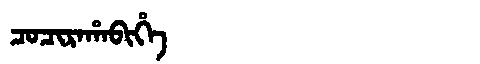
Manchu: ᠴᠣᠴᡳᡵᠠᡥᠠᠪᡳᡥᡝ
Romanization: COCIRAHABIHE